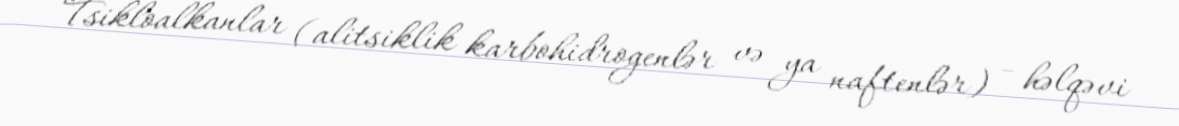
Tsikloalkanlar (alitsiklik karbohidrogenlər və ya naftenlər) - həlqəvi